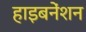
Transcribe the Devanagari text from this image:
हाइबनेंशन